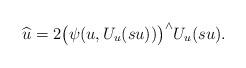
LaTeX: \begin{align*} \widehat{u} = 2\bigl(\psi(u,U_u (su))\bigr)^\wedge U_u (su).\end{align*}